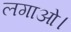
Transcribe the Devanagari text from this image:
लगाओ।